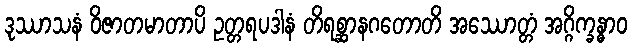
ဒုဿာသနံ ဝိဇာတမာတာပိ ဥတ္တရပဒါနံ တိရစ္ဆာနဂတောတိ အဿောတ္တံ အဂ္ဂိက္ခန္ဓာဝ